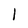
Character: l